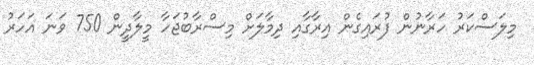
މިލަސްކަރު ހަރާނުން ފުރައިގެން އިރާގާއި ދިމާލަށް މިސްރާބުޖަހާ މީލާދީން 750 ވަނަ އަހަރު